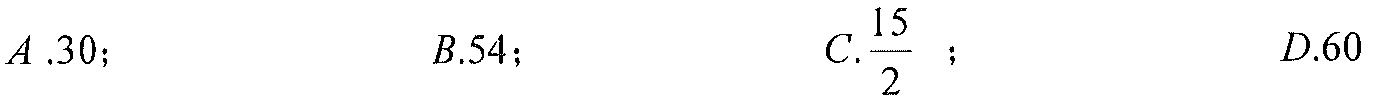
\(A.30\)；\(\qquad B.54\)；\(\qquad C.\dfrac{15}{2}\) ；\(\qquad D.60\)